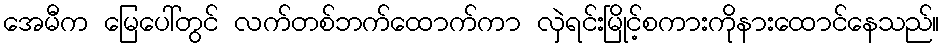
အေမီက မြေပေါ်တွင် လက်တစ်ဘက်ထောက်ကာ လှဲရင်းမြိုင့်စကားကိုနားထောင်နေသည်။